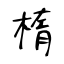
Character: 楕